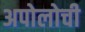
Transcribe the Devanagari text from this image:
अपोलोची